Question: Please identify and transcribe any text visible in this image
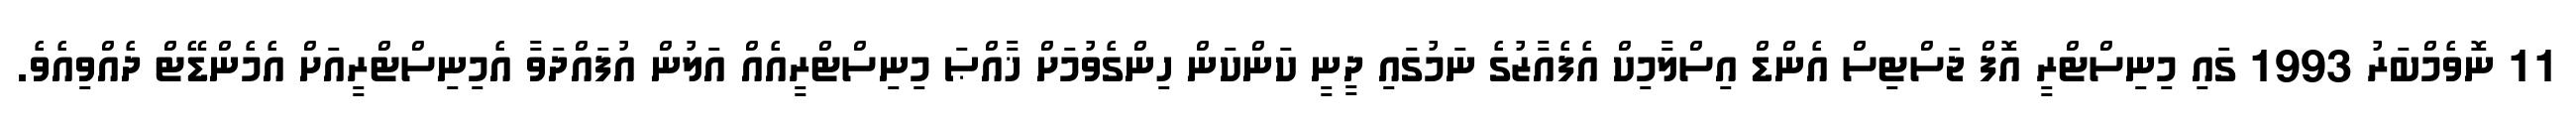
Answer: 11 ނޮވެމްބަރު 1993 ގައި މިނިސްޓްރީ އޮފް ޖަސްޓިސް އެންޑް އިސްލާމިކް އެފެއާޒުގެ ނަމުގައި ދީނީ ކަންކަން ހިންގެވުމަށް ޚާއްޞަ މިނިސްޓްރީއެއް އަލުން އުފައްދަވާ އެމިނިސްޓްރީއަށް އެމެންޑޭޓް ދެއްވިއެވެ.